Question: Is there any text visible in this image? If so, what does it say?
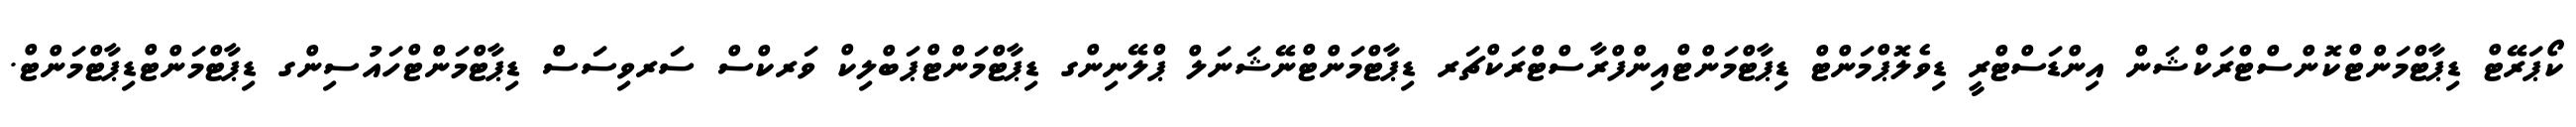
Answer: ކޯޕަރޭޓް ޑިޕާޓްމަންޓްކޮންސްޓްރަކްޝަން އިންޑަސްޓްރީ ޑިވެލޮޕްމަންޓް ޑިޕާޓްމަންޓްއިންފްރާސްޓްރަކްޗަރ ޑިޕާޓްމަންޓްނޭޝަނަލް ޕްލޭނިންގ ޑިޕާޓްމަންޓްޕަބްލިކް ވަރކްސް ސަރވިސަސް ޑިޕާޓްމަންޓްހައުސިންގ ޑިޕާޓްމަންޓްޑިޕާޓްމަންޓް.